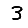
Digit: 3